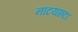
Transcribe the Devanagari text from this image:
नाटयछटा